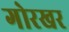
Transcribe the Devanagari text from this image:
गोरखर